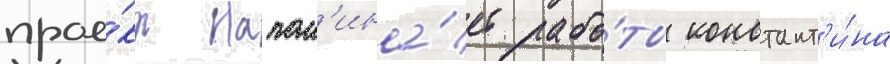
прое́кт напом'ина́ет рабо́ты констант'и́на